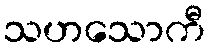
သဟသောကီ